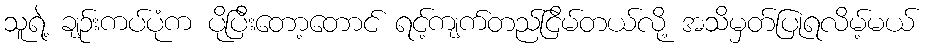
သူရဲ့ ချဉ်းကပ်ပုံက ပိုပြီးတော့တောင် ရင့်ကျက်တည်ငြိမ်တယ်လို့ အသိမှတ်ပြုရလိမ့်မယ်